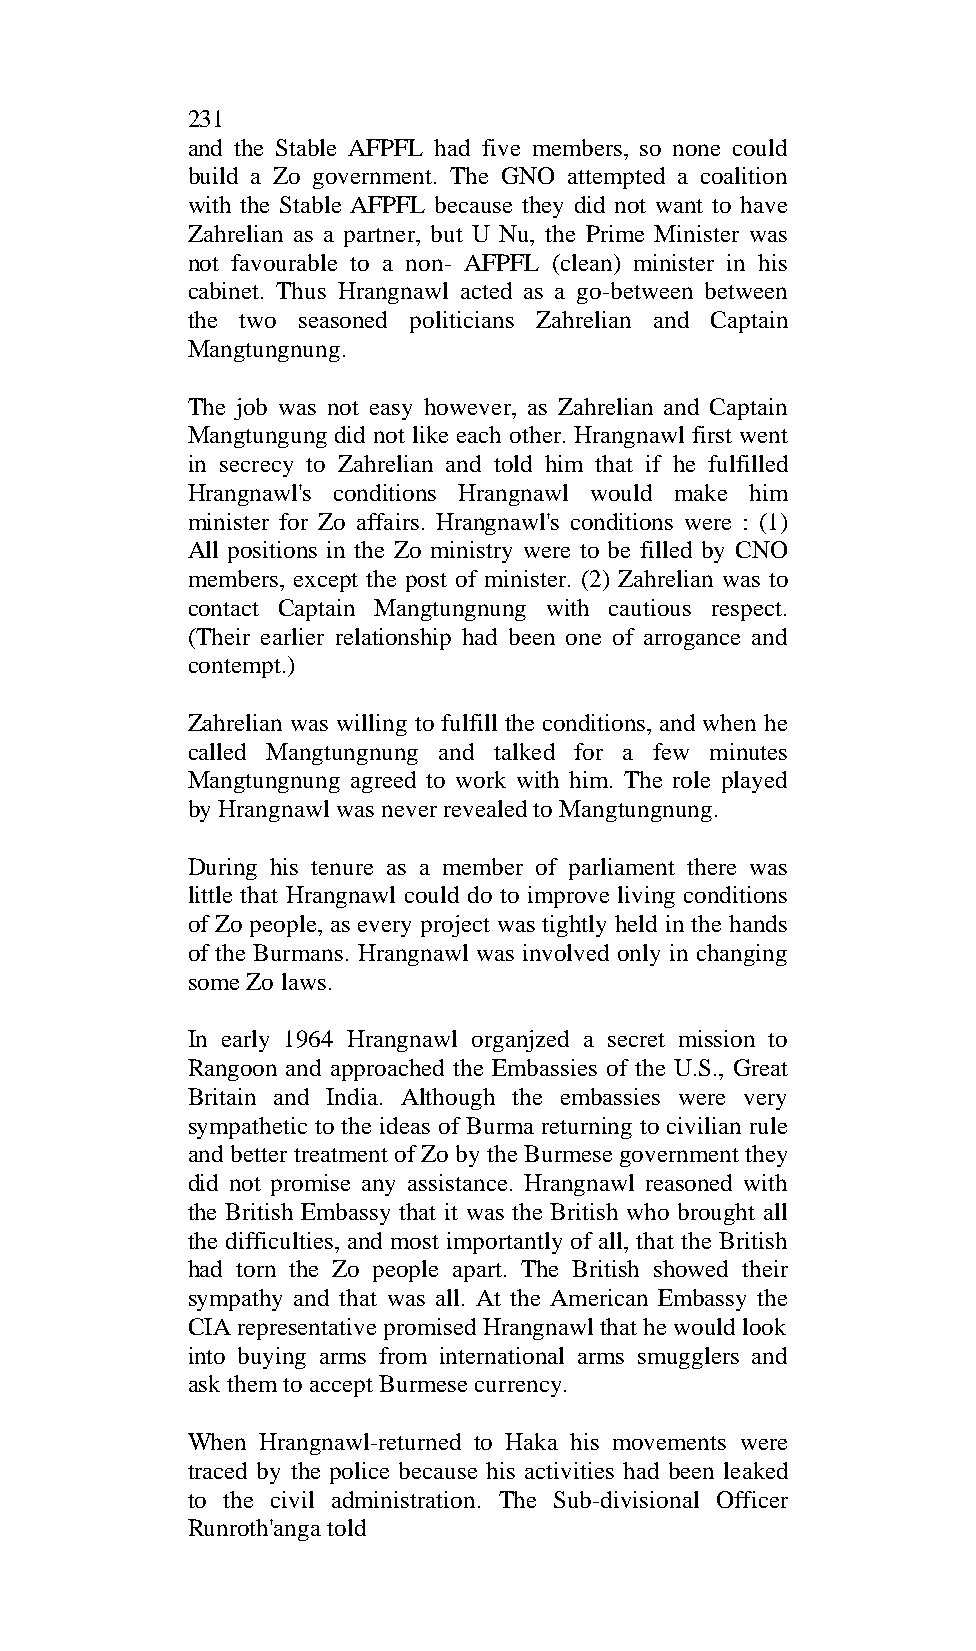
231
 and the Stable AFPFL had five members, so none could
 build a Zo government. The GNO attempted a coalition
 with the Stable AFPFL because they did not want to have
 Zahrelian as a partner, but U Nu, the Prime Minister was
 not favourable to a non- AFPFL (clean) minister in his
 cabinet. Thus Hrangnawl acted as a go-between between
 the two seasoned politicians Zahrelian and Captain
 Mangtungnung.
 The job was not easy however, as Zahrelian and Captain
 Mangtungung did not like each other. Hrangnawl first went
 in secrecy to Zahrelian and told him that if he fulfilled
 Hrangnawl's conditions Hrangnawl would make him
 minister for Zo affairs. Hrangnawl's conditions were : (1)
 All positions in the Zo ministry were to be filled by CNO
 members, except the post of minister. (2) Zahrelian was to
 contact Captain Mangtungnung with cautious respect.
 (Their earlier relationship had been one of arrogance and
 contempt.)
 Zahrelian was willing to fulfill the conditions, and when he
 called Mangtungnung and talked for a few minutes
 Mangtungnung agreed to work with him. The role played
 by Hrangnawl was never revealed to Mangtungnung.
 During his tenure as a member of parliament there was
 little that Hrangnawl could do to improve living conditions
 of Zo people, as every project was tightly held in the hands
 of the Burmans. Hrangnawl was involved only in changing
 some Zo laws.
 In early 1964 Hrangnawl organjzed a secret mission to
 Rangoon and approached the Embassies of the U.S., Great
 Britain and India. Although the embassies were very
 sympathetic to the ideas of Burma returning to civilian rule
 and better treatment of Zo by the Burmese government they
 did not promise any assistance. Hrangnawl reasoned with
 the British Embassy that it was the British who brought all
 the difficulties, and most importantly of all, that the British
 had torn the Zo people apart. The British showed their
 sympathy and that was all. At the American Embassy the
 CIA representative promised Hrangnawl that he would look
 into buying arms from international arms smugglers and
 ask them to accept Burmese currency.
 When Hrangnawl-returned to Haka his movements were
 traced by the police because his activities had been leaked
 to the civil administration. The Sub-divisional Officer
 Runroth'anga told